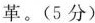
革。(5分)